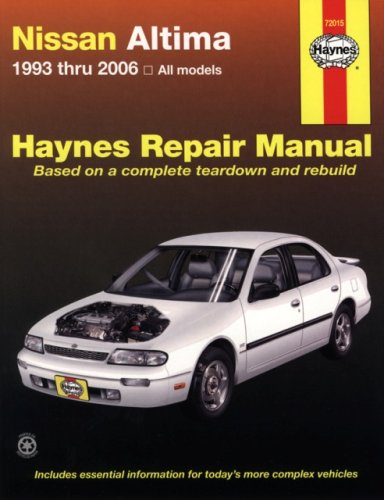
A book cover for Nissan Altima 1993 thru 2006 (Haynes Repair Manual); John H Haynes; Engineering & Transportation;